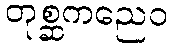
တုစ္ဆကညေဝ